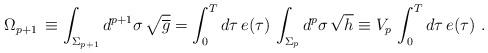
LaTeX: \begin{align*}\Omega_{p+1}\,\equiv \int_{\Sigma_{p+1}} d^{ p+1}\sigma \, \sqrt{\overline g} = \int_0^T d\tau\, e(\tau)\, \int_{\Sigma_{p}} d^p\sigma\,\sqrt h \equiv V_p\, \int_0^T d\tau\, e(\tau)\ . \end{align*}